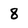
Character: 8